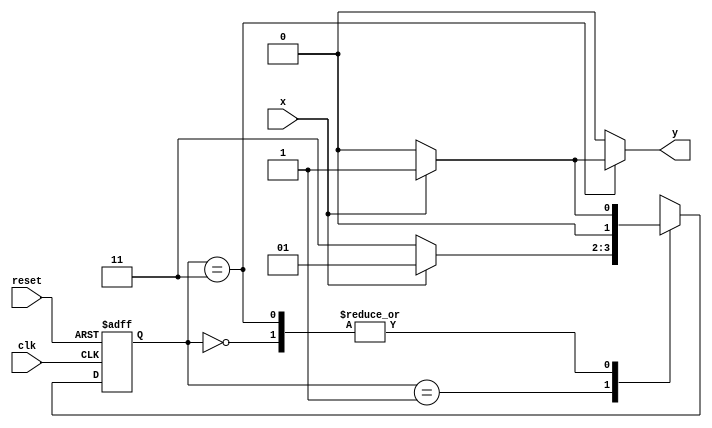
// ------------------------------------
// -- Fernando Silva
// -- Matricula: 414506
// ------------------------------------

//constant definitions
`define found		1
`define notfound	0

//FSM by Mealy
module mealy101(y,x,clk,reset);
	output y;
	input x;
	input clk;
	input reset;
	
	reg y;
	
	parameter	//state identifiers
		start = 2'b00,
		id1 = 2'b01,
		id10 = 2'b11;
		
		reg [1:0] E1;	//current state variables
		reg [1:0] E2;	//next state logic output
		
		//next state logic
		always @ (x or E1)
			begin
				y = `notfound;
				
				case (E1)
					start:
						if (x)
							E2 = id1;
						else
							E2 = start;
					id1:
						if (x)
							E2 = id1;
						else
							E2 = id10;
					id10:
						if (x)
							begin
								E2 = id1;
								y = `found;
							end
						else
							begin
								E2 = start;
								y = `notfound;
							end
					default:		//undefined state
						E2 = 2'bxx;
				endcase
			end //always at signal or state changing
			
		//state variables
			always @ (posedge clk or negedge reset)
				begin
					if (reset)
						E1 = E2;	//updates current state
					else
						E1 = start;	//reset
				end //always at signal changing
				
endmodule //mealy101

// -----------
//	Test Mealy
// -----------
module testMealy101;
	reg x,reset,clk;
	wire y;
	
	mealy101 m1(y,x,clk,reset);
	
	initial
		begin
			x = 1'b1;
			reset = 1'b1;
			clk = 1'b0;
		end
	
	initial
		begin
		
		$display("Mealy101\nNome: Fernando Silva\nMatricula: 414506");
		
		$display("Clk  Rst  x  y");
		#2 x = 1'b0;
		#2 x = 1'b1;
		#4 $finish;
		end
		
	always
		#1 clk = ~clk;
	
	always @(posedge clk)
		begin
			$display("%d	%b  %b  %b",$time,reset,x,y);
		end

endmodule //testMealy